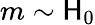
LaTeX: m\sim\mathsf{H}_{0}